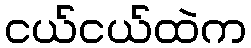
ငယ်ငယ်ထဲက